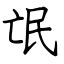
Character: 氓